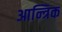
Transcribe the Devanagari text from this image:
आन्त्रिक